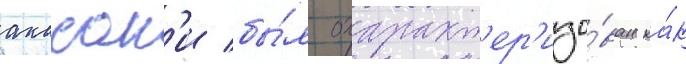
акасак'и бы́л охаракт'ер'изо́ван ка́к